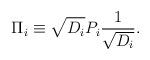
LaTeX: \begin{align*}\Pi\sb i \equiv \sqrt{D\sb i} P\sb i {1\over \sqrt{D\sb i}}.\end{align*}